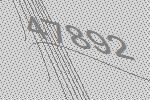
47892